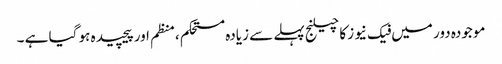
موجودہ دور میں فیک نیوز کا چیلنج پہلے سے زیادہ مستحکم ،منظم اور پیچیدہ ہو گیا ہے ۔